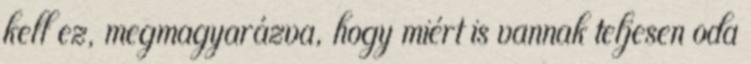
kell ez, megmagyarázva, hogy miért is vannak teljesen oda